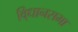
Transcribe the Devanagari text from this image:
वि्धानसभा